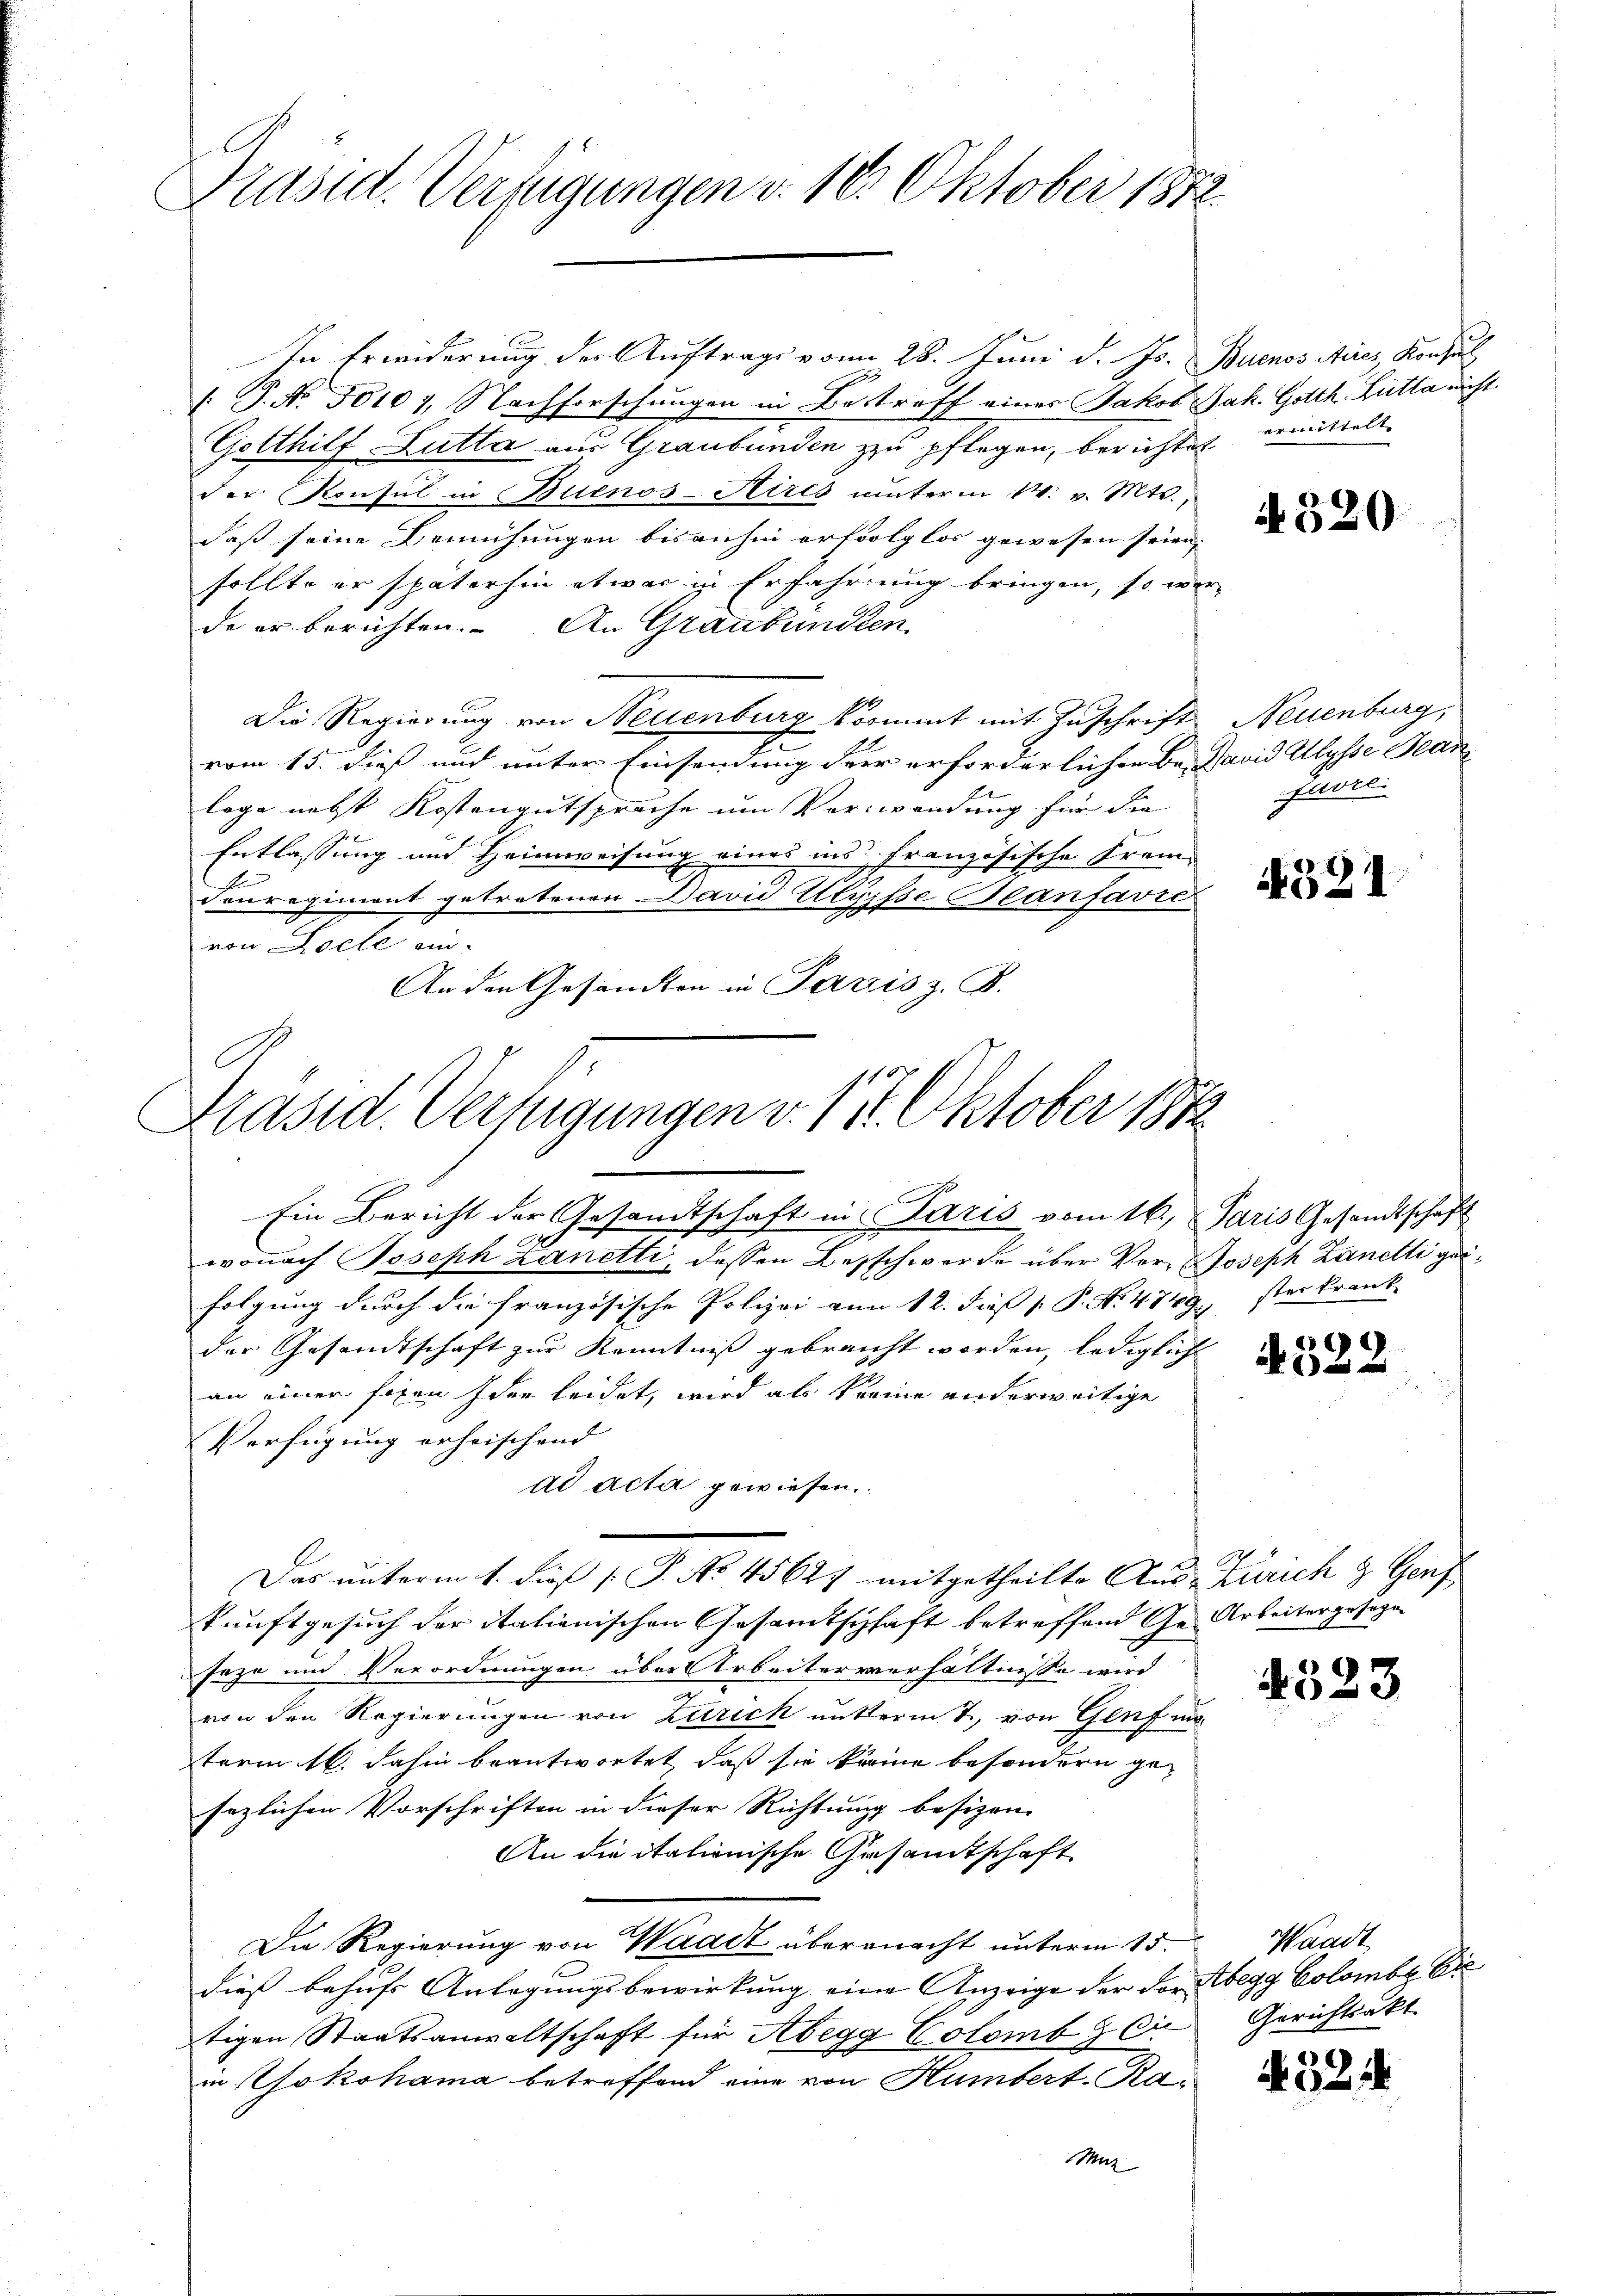
Präsid. Verfügungen v. 16. Oktober 1872

In Erwiderung der Auftrags vom 28. Juni d. Js. Buenos Aicz Konsul
/. P. No. 50101, Nachforschungen in Bestraff einer Jakob Jak. Gotth. Lutta nicht
Gotthilf Lutta aus Graubünden zu pflegen, berichtet
der Konsul in Buenos-Aires unterm 14. v. Mts.,
daß seine Bemühungen bisanhin erfolglos gewesen seien,
sollte er späterhin etwas in Erfahrung bringen, so wer-
de er berichten. An Graubünden
Die Regierung von Neuenburg kommt mit Zuschrift Neuenburg,
vom 15. dieß und unter Einsendung der erforderlichen Be-David Ulysse Jeanloge nebst Kostengutsprache um Verwendung für die
Entlassung und Heimweisung eines ins Französische Frem¬
Conregiment getretenen David Klypfse Beanfavre
von Locle ein-
An den Gesandten in Pazzis z. B.
wonach Joseph Zanetti, dessen Besschwerde über Vor Joseph Lanetti geifolgung durch die französische Polizei am 12. dieß P. Nr. 4749, ster krank
der Gesandtschaft zur Kenntniß gebraucht worden, lediglich
an einer Eigen Idee leidet, wird als kreine anderweitige
Verfügung erheischend |
ad acta gewiesen.
Das unterm 1. dieß P. Nr. 45627 mitgetheilte Aus- Zürich & Genf
kunftgesuch der italienischen Gesamtschaft betreffend Ge- Arbeitergeseze
Jaza und Verordnungen über Arbeiterverhältnisse wird
von den Regierungen von Zürich unterm 7. von Genf m
term 16. dahin beantwortet, daß sie könne besondern gesezlichen Vorschriften in dieser Richtung besizen |
An die italienische Gesamtschaft
Die Regierung von Waadt übermacht unterm 15.
dieß behufs Anlegungsbewirkung eine Anzeige der der Abegg Colombe Cre
tigen Staatsanwaltschaft für Abegg Colomb & Cie Gerichtsakt
in Yokohama betreffend eine von Humbert Ra¬
Muz

Präsid. Verfügungen v. 114. Oktober 1872
Ein Bericht der Gesandtschaft in Paris vom 16. Juris Gesandtschaft

ermittelt.

A. 320

Javrli

4521

4522

4523

Waadt

32.